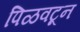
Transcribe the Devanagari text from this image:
पिळवटून